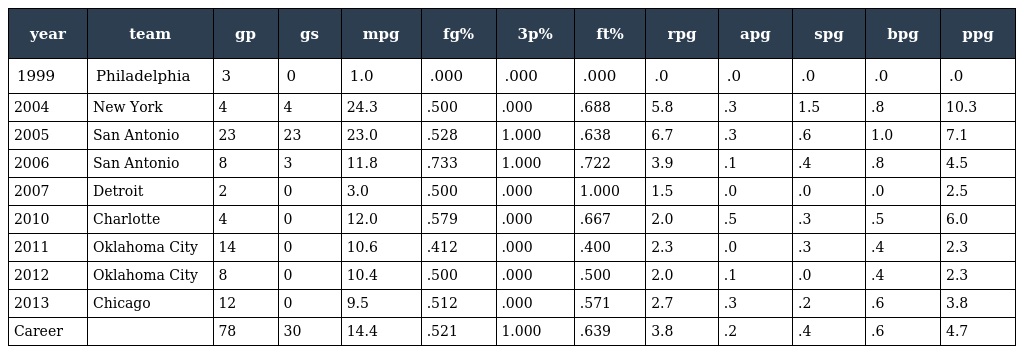
| year | team | gp | gs | mpg | fg% | 3p% | ft% | rpg | apg | spg | bpg | ppg |
 | --- | --- | --- | --- | --- | --- | --- | --- | --- | --- | --- | --- | --- |
 | 1999 | Philadelphia | 3 | 0 | 1.0 | .000 | .000 | .000 | .0 | .0 | .0 | .0 | .0 |
 | 2004 | New York | 4 | 4 | 24.3 | .500 | .000 | .688 | 5.8 | .3 | 1.5 | .8 | 10.3 |
 | 2005 | San Antonio | 23 | 23 | 23.0 | .528 | 1.000 | .638 | 6.7 | .3 | .6 | 1.0 | 7.1 |
 | 2006 | San Antonio | 8 | 3 | 11.8 | .733 | 1.000 | .722 | 3.9 | .1 | .4 | .8 | 4.5 |
 | 2007 | Detroit | 2 | 0 | 3.0 | .500 | .000 | 1.000 | 1.5 | .0 | .0 | .0 | 2.5 |
 | 2010 | Charlotte | 4 | 0 | 12.0 | .579 | .000 | .667 | 2.0 | .5 | .3 | .5 | 6.0 |
 | 2011 | Oklahoma City | 14 | 0 | 10.6 | .412 | .000 | .400 | 2.3 | .0 | .3 | .4 | 2.3 |
 | 2012 | Oklahoma City | 8 | 0 | 10.4 | .500 | .000 | .500 | 2.0 | .1 | .0 | .4 | 2.3 |
 | 2013 | Chicago | 12 | 0 | 9.5 | .512 | .000 | .571 | 2.7 | .3 | .2 | .6 | 3.8 |
 | Career |  | 78 | 30 | 14.4 | .521 | 1.000 | .639 | 3.8 | .2 | .4 | .6 | 4.7 |